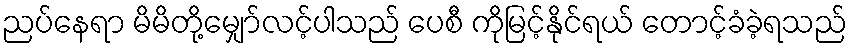
ညပ်နေရာ မိမိတို့မျှော်လင့်ပါသည် ပေစီ ကိုမြင့်နိုင်ရယ် တောင့်ခံခဲ့ရသည်